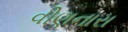
વીણનારા